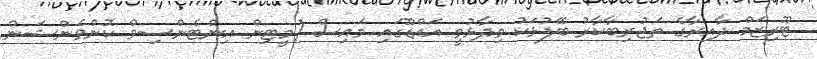
ޓޫރިޒަމް ދާއިރާގެ ތަޖުރިބާކާރު ބޭފުޅަކު ވިދާޅުވީ އައްޑޫގައި މައިސް (މީޓިން އިންޓެންސިވް ކޮންވެންޝަން